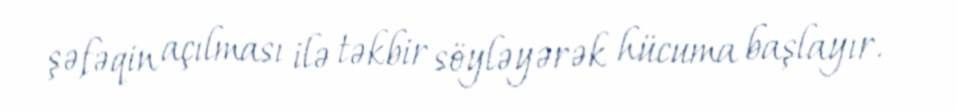
şəfəqin açılması ilə təkbir söyləyərək hücuma başlayır.